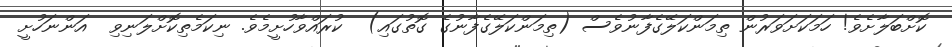
ކޮށްބަލާށެވެ! ހަމަކަށަވަރުން ތިމަންކަލޭގެފާނުވެސް (ތިމަންކަލޭގެފާނުގެ ގޮތުގައި)  ކުރައްވާހުށީމެވެ. ނިކަމެތިކޮށްލަނިވި  އަންނަހުށީ